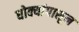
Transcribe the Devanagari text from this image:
धोक्यांपासून